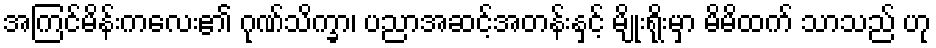
အကြင်မိန်းကလေး၏ ဂုဏ်သိက္ခာ၊ ပညာအဆင့်အတန်းနှင့် မျိုးရိုးမှာ မိမိထက် သာသည် ဟု